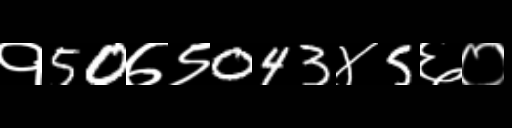
Text: १50७९043४5६०